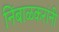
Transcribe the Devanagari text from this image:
निंबाळकरांनी